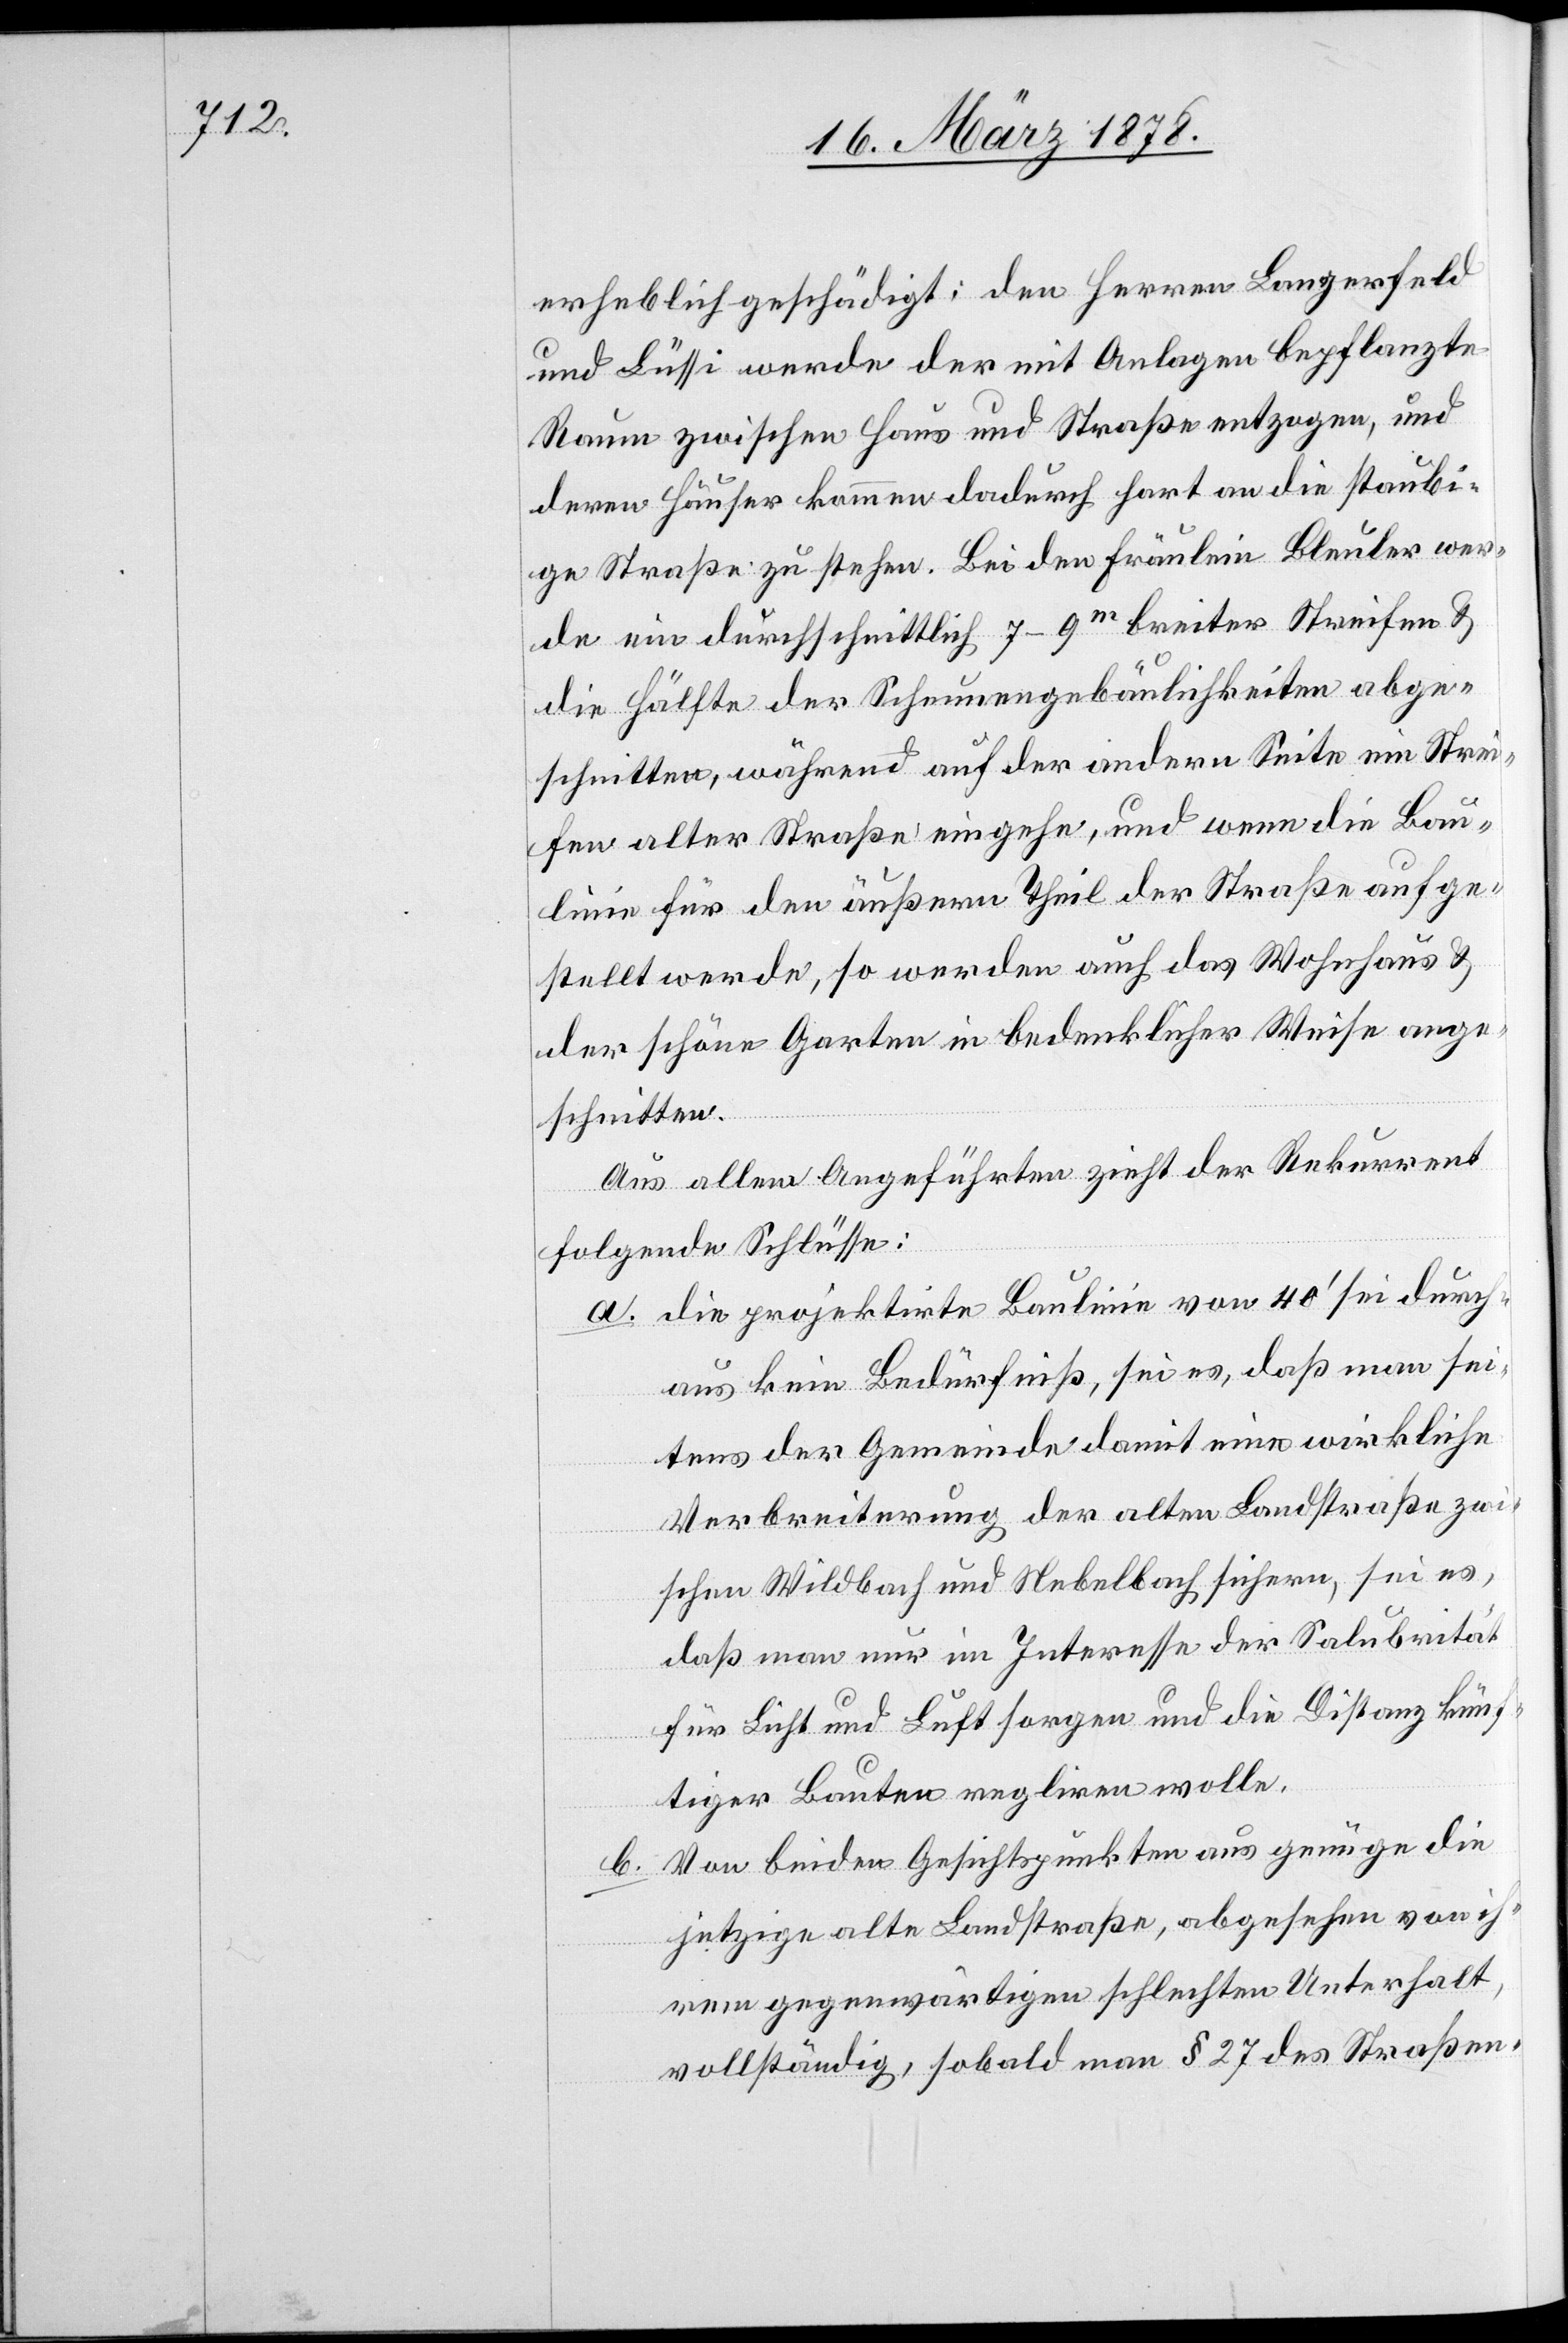
erheblich geschädigt: den Herren Langerfeld
und Lüssi werde der mit Anlagen bepflanzte
Raum zwischen Haus und Straße entzogen, und
deren Häuser kommen dadurch hart an die staubi¬
ge Straße zu stehen. Bei dem Fräulein Bleuler wer¬
de ein durchschnittlich 7–9m breiter Streifen &
die Hälfte der Scheunenbäulichkeiten abge¬
schnitten, während auf der andern Seite ein Strei¬
fen alter Straße eingehe, und wenn die Bau¬
linie für den äußern Theil der Straße aufge¬
stellt werde, so werden auch das Wohnhaus &
der schöne Garten in bedenklicher Weise ange¬
schnitten.
Aus allem Angeführten zieht der Rekurrent
folgende Schlüsse:
a. die projektirte Baulinie von 40’ sei durch¬
aus kein Bedürfniß, sei es, daß man sei¬
tens der Gemeinde damit eine wirkliche
Verbreiterung der alten Landstraße zw¬
ischen Wildbach und Nebelbach sichere, sei es,
daß man nur im Interesse der Salubrität
für Licht und Luft sorgen und die Distanz künf¬
tiger Bauten regliren wolle.
b. Von beiden Gesichtspunkten aus genüge die
jetzige alte Landstraße, abgesehen von ih¬
rem gegenwärtigen schlechten Unterhalt,
vollständig, sobald man § 27 des Straßen-